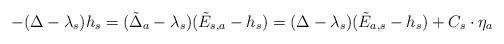
LaTeX: \begin{align*}-(\Delta-\lambda_s)h_s=(\tilde\Delta_a - \lambda_s)(\tilde E_{s,a}-h_s)=(\Delta-\lambda_s)(\tilde E_{a,s}-h_s)+C_s\cdot\eta_a\end{align*}